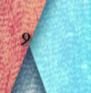
9